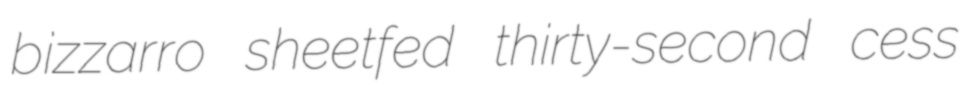
bizzarro sheetfed thirty-second cess